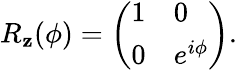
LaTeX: R_{\mathbf{z}}(\phi)={\left(\begin{array}{ll}{1}&{0}\\ {0}&{e^{i\phi}}\end{array}\right)}.